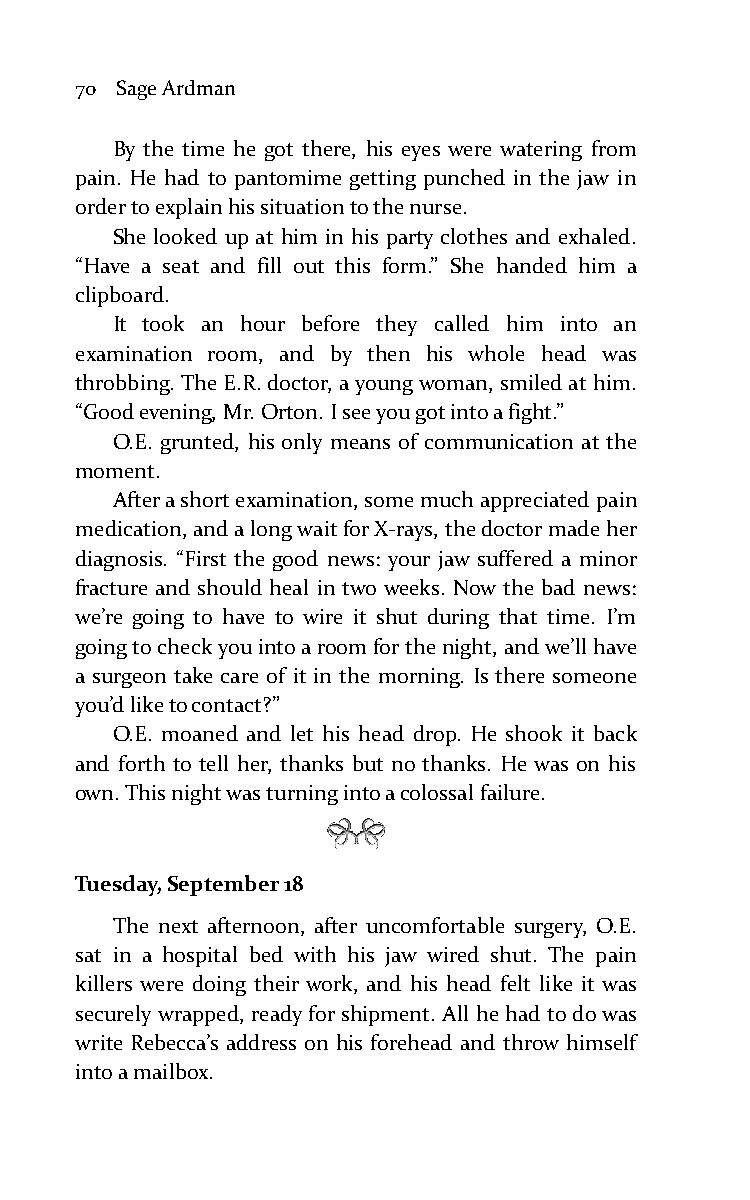
70 Sage Ardman
 By the time he got there, his eyes were watering from
 pain. He had to pantomime getting punched in the jaw in
 order to explain his situation to the nurse.
 She looked up at him in his party clothes and exhaled.
 “Have a seat and fill out this form.” She handed him a
 clipboard.
 It took an hour before they called him into an
 examination room, and by then his whole head was
 throbbing. The E.R. doctor, a young woman, smiled at him.
 “Good evening, Mr. Orton. I see you got into a fight.”
 O.E. grunted, his only means of communication at the
 moment.
 After a short examination, some much appreciated pain
 medication, and a long wait for X-rays, the doctor made her
 diagnosis. “First the good news: your jaw suffered a minor
 fracture and should heal in two weeks. Now the bad news:
 we’re going to have to wire it shut during that time. I’m
 going to check you into a room for the night, and we’ll have
 a surgeon take care of it in the morning. Is there someone
 you’d like to contact?”
 O.E. moaned and let his head drop. He shook it back
 and forth to tell her, thanks but no thanks. He was on his
 own. This night was turning into a colossal failure.
 Tuesday, September 18
 The next afternoon, after uncomfortable surgery, O.E.
 sat in a hospital bed with his jaw wired shut. The pain
 killers were doing their work, and his head felt like it was
 securely wrapped, ready for shipment. All he had to do was
 write Rebecca’s address on his forehead and throw himself
 into a mailbox.